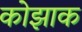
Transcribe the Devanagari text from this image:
कोझाक